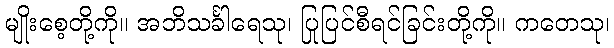
မျိုးစေ့တို့ကို။ အဘိသင်္ခါရေသု၊ ပြုပြင်စီရင်ခြင်းတို့ကို။ ကတေသု၊